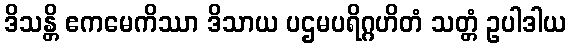
ဒိသန္တိ ဧကမေကိဿာ ဒိသာယ ပဌမပရိဂ္ဂဟိတံ သတ္တံ ဥပါဒါယ